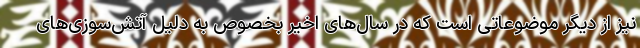
نیز از دیگر موضوعاتی است که در سال‌های اخیر بخصوص به دلیل آتش‌سوزی‌های